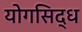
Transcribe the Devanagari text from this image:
योगसिद्ध